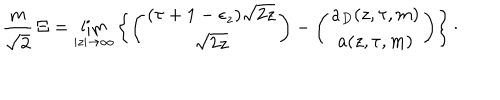
{ \frac { m } { \sqrt { 2 } } } \, \Xi = \lim _ { | z | \rightarrow \infty } \left\lbrace \left( \begin{matrix} { { ( \tau + 1 - \epsilon _ { z } ) \sqrt { 2 z } } } \\ { { \sqrt { 2 z } } } \\ \end{matrix} \right) - \left( \begin{matrix} { { a _ { D } ( z , \tau , m ) } } \\ { { a ( z , \tau , m ) } } \\ \end{matrix} \right) \right\rbrace \cdotp